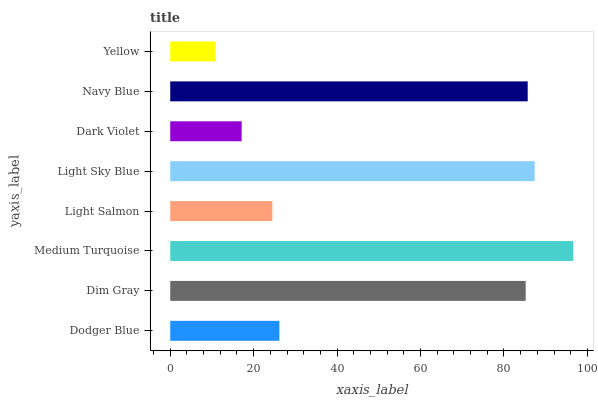
| yaxis_label | bars |
 | --- | --- |
 | Dodger Blue | 26.2 |
 | Dim Gray | 85.2 |
 | Medium Turquoise | 96.6 |
 | Light Salmon | 24.5 |
 | Light Sky Blue | 87.4 |
 | Dark Violet | 17.1 |
 | Navy Blue | 85.7 |
 | Yellow | 10.7 |